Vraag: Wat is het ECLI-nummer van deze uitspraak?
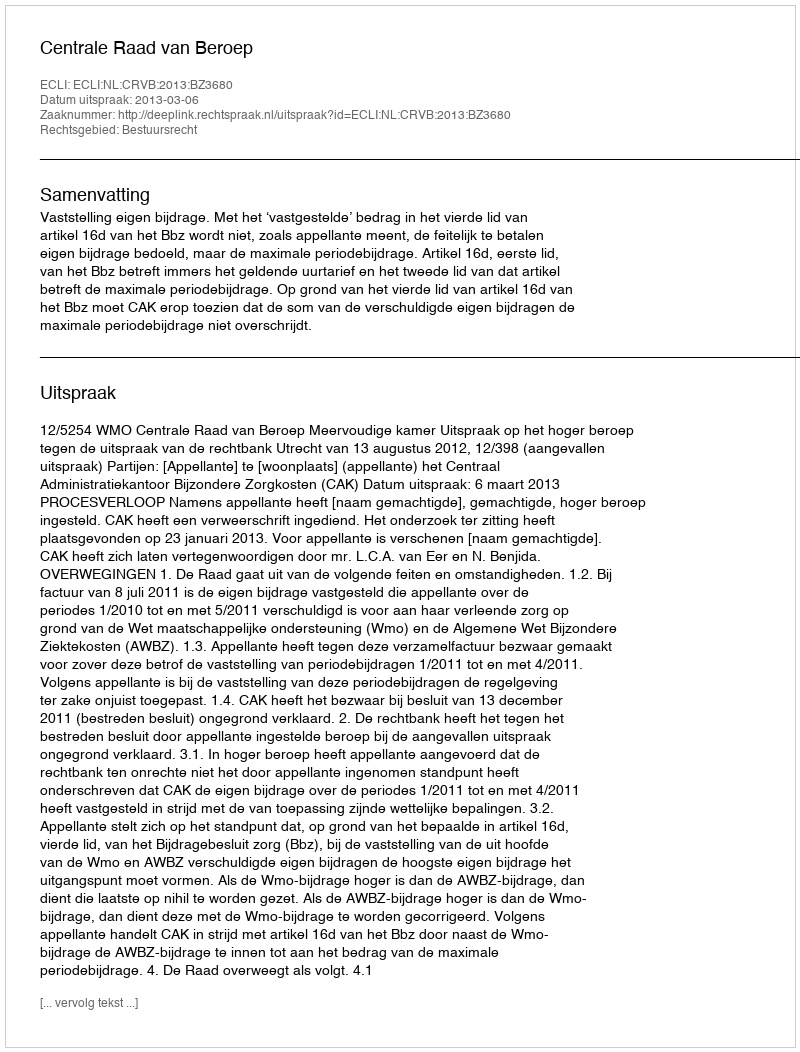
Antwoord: ECLI:NL:CRVB:2013:BZ3680